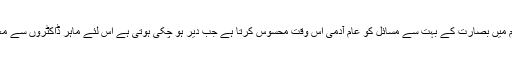
انھوں نے کہا کہ اس موسم میں بصارت کے بہت سے مسائل کو عام آدمی اس وقت محسوس کرتا ہے جب دیر ہو چکی ہوتی ہے اس لئے ماہر ڈاکٹروں سے معائنہ کروانا ضروری ہے۔